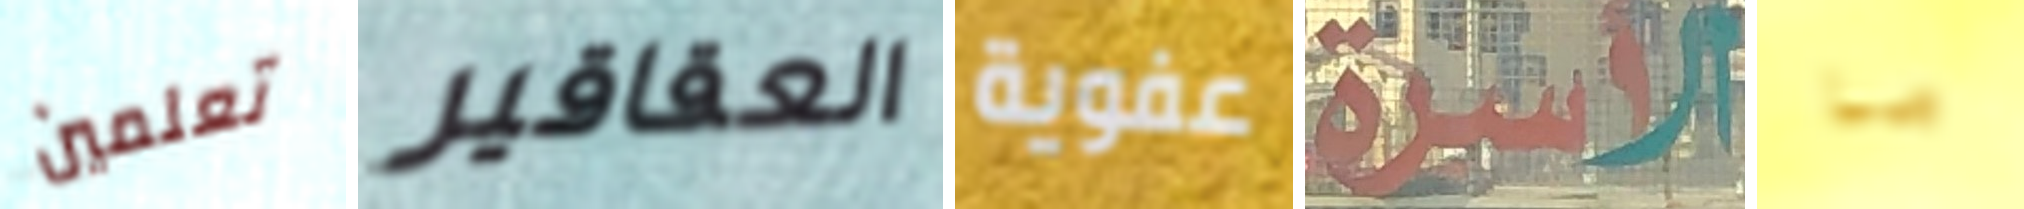
تعلمين العقاقير عفوية الاسرة ما